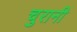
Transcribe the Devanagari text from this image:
चुरानी